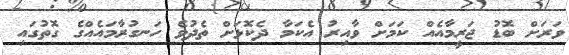
ވަރަށް ބޮޑު ޖަރީމާއެއް ކަމަށް ވާއިރު އެކަމާ ދެކޮޅަށް ތެދުވެ ހަނގުރާމައެއްގެ ގޮތުގައި